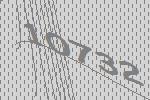
10732